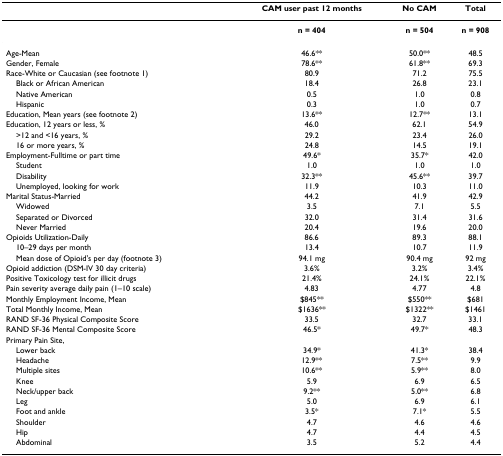
<table><thead><tr><td></td><td><b>CAM user past 12 months</b></td><td><b>No CAM</b></td><td><b>Total</b></td></tr></thead><tbody><tr><td></td><td><b>n = 404</b></td><td><b>n = 504</b></td><td><b>n = 908</b></td></tr><tr><td>Age-Mean</td><td>46.6**</td><td>50.0**</td><td>48.5</td></tr><tr><td>Gender, Female</td><td>78.6**</td><td>61.8**</td><td>69.3</td></tr><tr><td>Race-White or Caucasian (see footnote 1)</td><td>80.9</td><td>71.2</td><td>75.5</td></tr><tr><td> Black or African American</td><td>18.4</td><td>26.8</td><td>23.1</td></tr><tr><td> Native American</td><td>0.5</td><td>1.0</td><td>0.8</td></tr><tr><td> Hispanic</td><td>0.3</td><td>1.0</td><td>0.7</td></tr><tr><td>Education, Mean years (see footnote 2)</td><td>13.6**</td><td>12.7**</td><td>13.1</td></tr><tr><td>Education, 12 years or less, %</td><td>46.0</td><td>62.1</td><td>54.9</td></tr><tr><td> &gt;12 and &lt;16 years, %</td><td>29.2</td><td>23.4</td><td>26.0</td></tr><tr><td> 16 or more years, %</td><td>24.8</td><td>14.5</td><td>19.1</td></tr><tr><td>Employment-Fulltime or part time</td><td>49.6*</td><td>35.7*</td><td>42.0</td></tr><tr><td> Student</td><td>1.0</td><td>1.0</td><td>1.0</td></tr><tr><td> Disability</td><td>32.3**</td><td>45.6**</td><td>39.7</td></tr><tr><td> Unemployed, looking for work</td><td>11.9</td><td>10.3</td><td>11.0</td></tr><tr><td>Marital Status-Married</td><td>44.2</td><td>41.9</td><td>42.9</td></tr><tr><td> Widowed</td><td>3.5</td><td>7.1</td><td>5.5</td></tr><tr><td> Separated or Divorced</td><td>32.0</td><td>31.4</td><td>31.6</td></tr><tr><td> Never Married</td><td>20.4</td><td>19.6</td><td>20.0</td></tr><tr><td>Opioids Utilization-Daily</td><td>86.6</td><td>89.3</td><td>88.1</td></tr><tr><td> 10–29 days per month</td><td>13.4</td><td>10.7</td><td>11.9</td></tr><tr><td> Mean dose of Opioid&#x27;s per day (footnote 3)</td><td>94.1 mg</td><td>90.4 mg</td><td>92 mg</td></tr><tr><td>Opioid addiction (DSM-IV 30 day criteria)</td><td>3.6%</td><td>3.2%</td><td>3.4%</td></tr><tr><td>Positive Toxicology test for illicit drugs</td><td>21.4%</td><td>24.1%</td><td>22.1%</td></tr><tr><td>Pain severity average daily pain (1–10 scale)</td><td>4.83</td><td>4.77</td><td>4.8</td></tr><tr><td>Monthly Employment Income, Mean</td><td>$845**</td><td>$550**</td><td>$681</td></tr><tr><td>Total Monthly Income, Mean</td><td>$1636**</td><td>$1322**</td><td>$1461</td></tr><tr><td>RAND SF-36 Physical Composite Score</td><td>33.5</td><td>32.7</td><td>33.1</td></tr><tr><td>RAND SF-36 Mental Composite Score</td><td>46.5*</td><td>49.7*</td><td>48.3</td></tr><tr><td>Primary Pain Site,</td><td></td><td></td><td></td></tr><tr><td> Lower back</td><td>34.9*</td><td>41.3*</td><td>38.4</td></tr><tr><td> Headache</td><td>12.9**</td><td>7.5**</td><td>9.9</td></tr><tr><td> Multiple sites</td><td>10.6**</td><td>5.9**</td><td>8.0</td></tr><tr><td> Knee</td><td>5.9</td><td>6.9</td><td>6.5</td></tr><tr><td> Neck/upper back</td><td>9.2**</td><td>5.0**</td><td>6.8</td></tr><tr><td> Leg</td><td>5.0</td><td>6.9</td><td>6.1</td></tr><tr><td> Foot and ankle</td><td>3.5*</td><td>7.1*</td><td>5.5</td></tr><tr><td> Shoulder</td><td>4.7</td><td>4.6</td><td>4.6</td></tr><tr><td> Hip</td><td>4.7</td><td>4.4</td><td>4.5</td></tr><tr><td> Abdominal</td><td>3.5</td><td>5.2</td><td>4.4</td></tr></tbody></table>